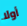
أولا